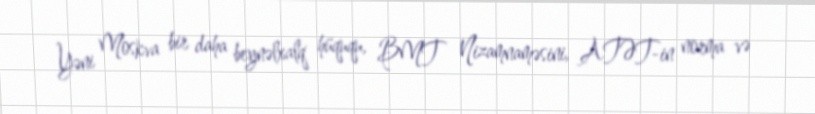
Yəni Moskva bir daha beynəlxalq hüququ, BMT Nizamnaməsini, ATƏT-in norma və